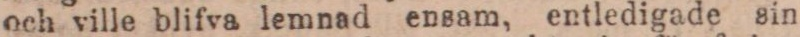
och ville blifva lemnad ensam, entledigade sin